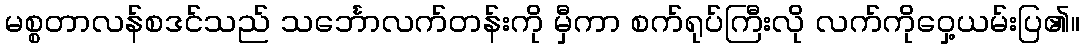
မစ္စတာလန်စဒင်သည် သင်္ဘောလက်တန်းကို မှီကာ စက်ရုပ်ကြီးလို လက်ကိုဝှေ့ယမ်းပြ၏။